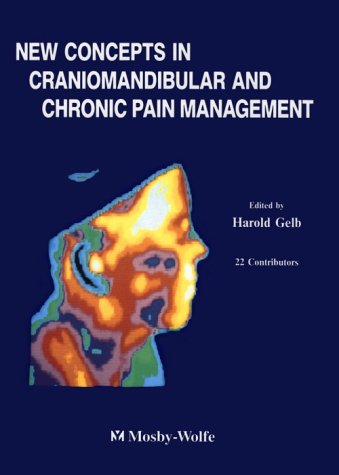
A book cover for New Concept in Craniomandibular and Chronic Pain Management, 1e; Harold Gelb DMD; Medical Books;